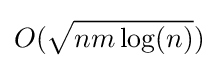
O({\sqrt {nm\log(n)}})